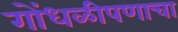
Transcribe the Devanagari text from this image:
गोंधळीपणाचा